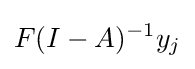
F(I-A)^{-1}y_{j}